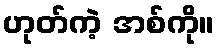
ဟုတ်ကဲ့ အစ်ကို။